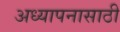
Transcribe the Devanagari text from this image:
अध्यापनासाठी